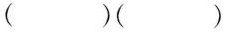
()()